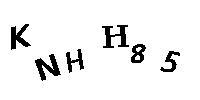
KNHH85